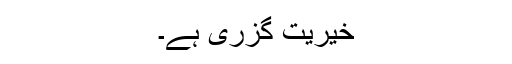
خیریت گزری ہے۔